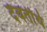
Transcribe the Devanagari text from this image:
देवतीर्थ